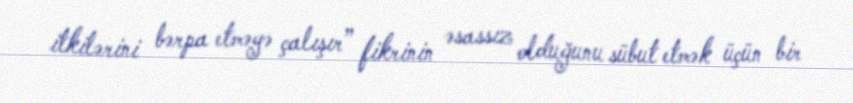
itkilərini bərpa etməyə çalışır” fikrinin əsassız olduğunu sübut etmək üçün bir